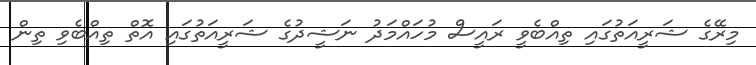
މިރޭގެ ޝަރީއަތުގައި ތިއްބެވީ ރައީސް މުހައްމަދު ނަޝީދުގެ ޝަރީއަތުގައި އޮތް ތިއްބެވި ތިން